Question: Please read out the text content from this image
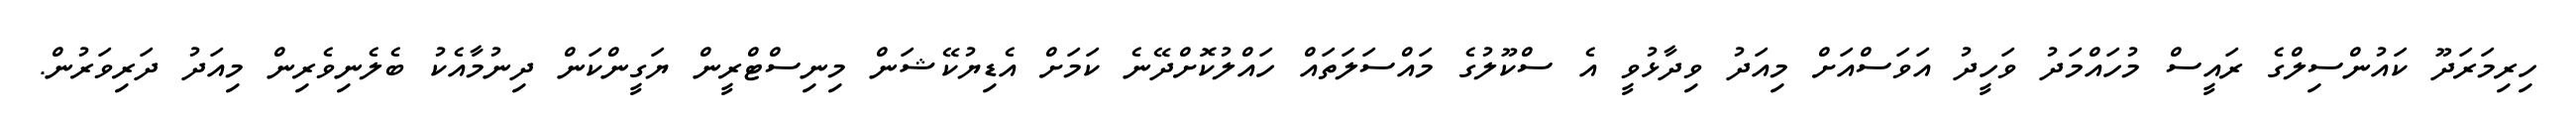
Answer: ހިރިމަރަދޫ ކައުންސިލްގެ ރައީސް މުހައްމަދު ވަހީދު އަވަސްއަށް މިއަދު ވިދާޅުވީ އެ ސްކޫލުގެ މައްސަލަތައް ހައްލުކޮށްދޭނެ ކަމަށް އެޑިޔުކޭޝަން މިނިސްޓްރީން ޔަގީންކަން ދިނުމާއެކު ބެލެނިވެރިން މިއަދު ދަރިވަރުން.